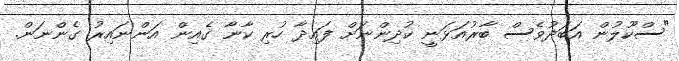
"ސްކޫލުން އަބަދުވެސް ބާރުއަޅަނީ ކުދިންނަށް ފައިދާ ހުރި ކާނާ ގެއިން އަންނައިރު ގެންނަން.